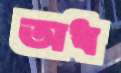
অধ